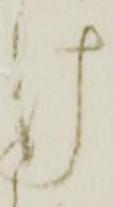
け